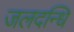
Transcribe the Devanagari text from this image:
जलदन्धि